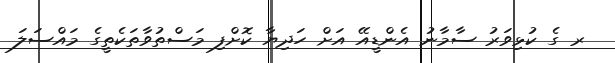
ރ ގެ ކުޅިވަރު ސާމާނު އެންޑީއޭ އަށް ހަދިޔާ ކޮށްފި މަސްތުވާތަކެތީގެ މައްސަލަ